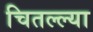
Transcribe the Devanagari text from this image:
चितल्ल्या